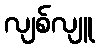
လျစ်လျူ